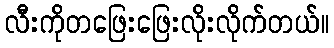
လီးကိုတဖြေးဖြေးလိုးလိုက်တယ်။